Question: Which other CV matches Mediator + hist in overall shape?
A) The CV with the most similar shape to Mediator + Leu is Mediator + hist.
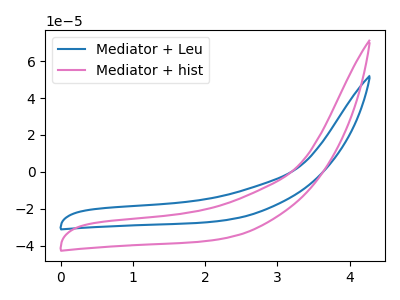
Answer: <think>The blue curve "Mediator + Leu" has no peaks. The pink curve "Mediator + hist" has no peaks.
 Neither "Mediator + Leu" or "Mediator + hist" have any peaks.</think>
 <answer>A) The CV with the most similar shape to "Mediator + Leu" is "Mediator + hist".</answer>
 <eval>A</eval>